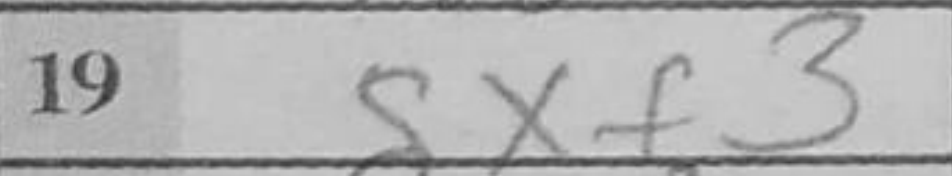
Transcription: gxf3